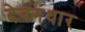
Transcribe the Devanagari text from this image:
देवगंधार